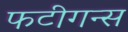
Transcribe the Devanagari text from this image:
फटीगन्स